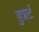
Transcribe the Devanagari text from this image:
बुशर्ट